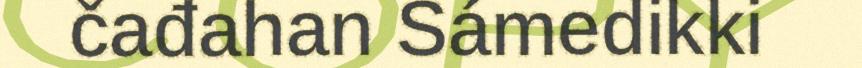
čađahan Sámedikki